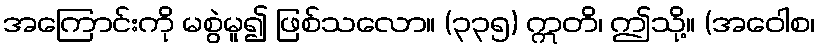
အကြောင်းကို မစွဲမူ၍ ဖြစ်သလော။ (၃၃၅) ဣတိ၊ ဤသို့။ (အဝေါစ၊